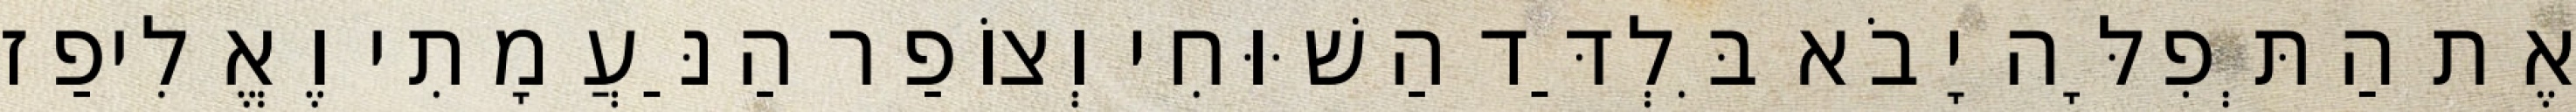
אֶת הַתְּפִלָּה יָבֹא בִּלְדַּד הַשּׁוּחִי וְצוֹפַר הַנַּעֲמָתִי וֶאֱלִיפַז